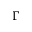
\Gamma